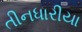
તીનધારીયા